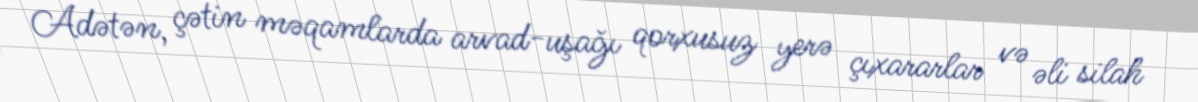
Adətən, çətin məqamlarda arvad-uşağı qorxusuz yerə çıxararlar və əli silah